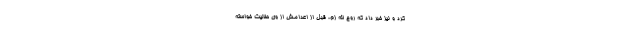
کرد و نیز خبر داد که روح الله زم، قبل از اعدامش از وی حلالیت خواسته